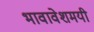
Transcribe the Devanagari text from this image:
भावावेशमयी